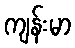
ကျန်းမာ